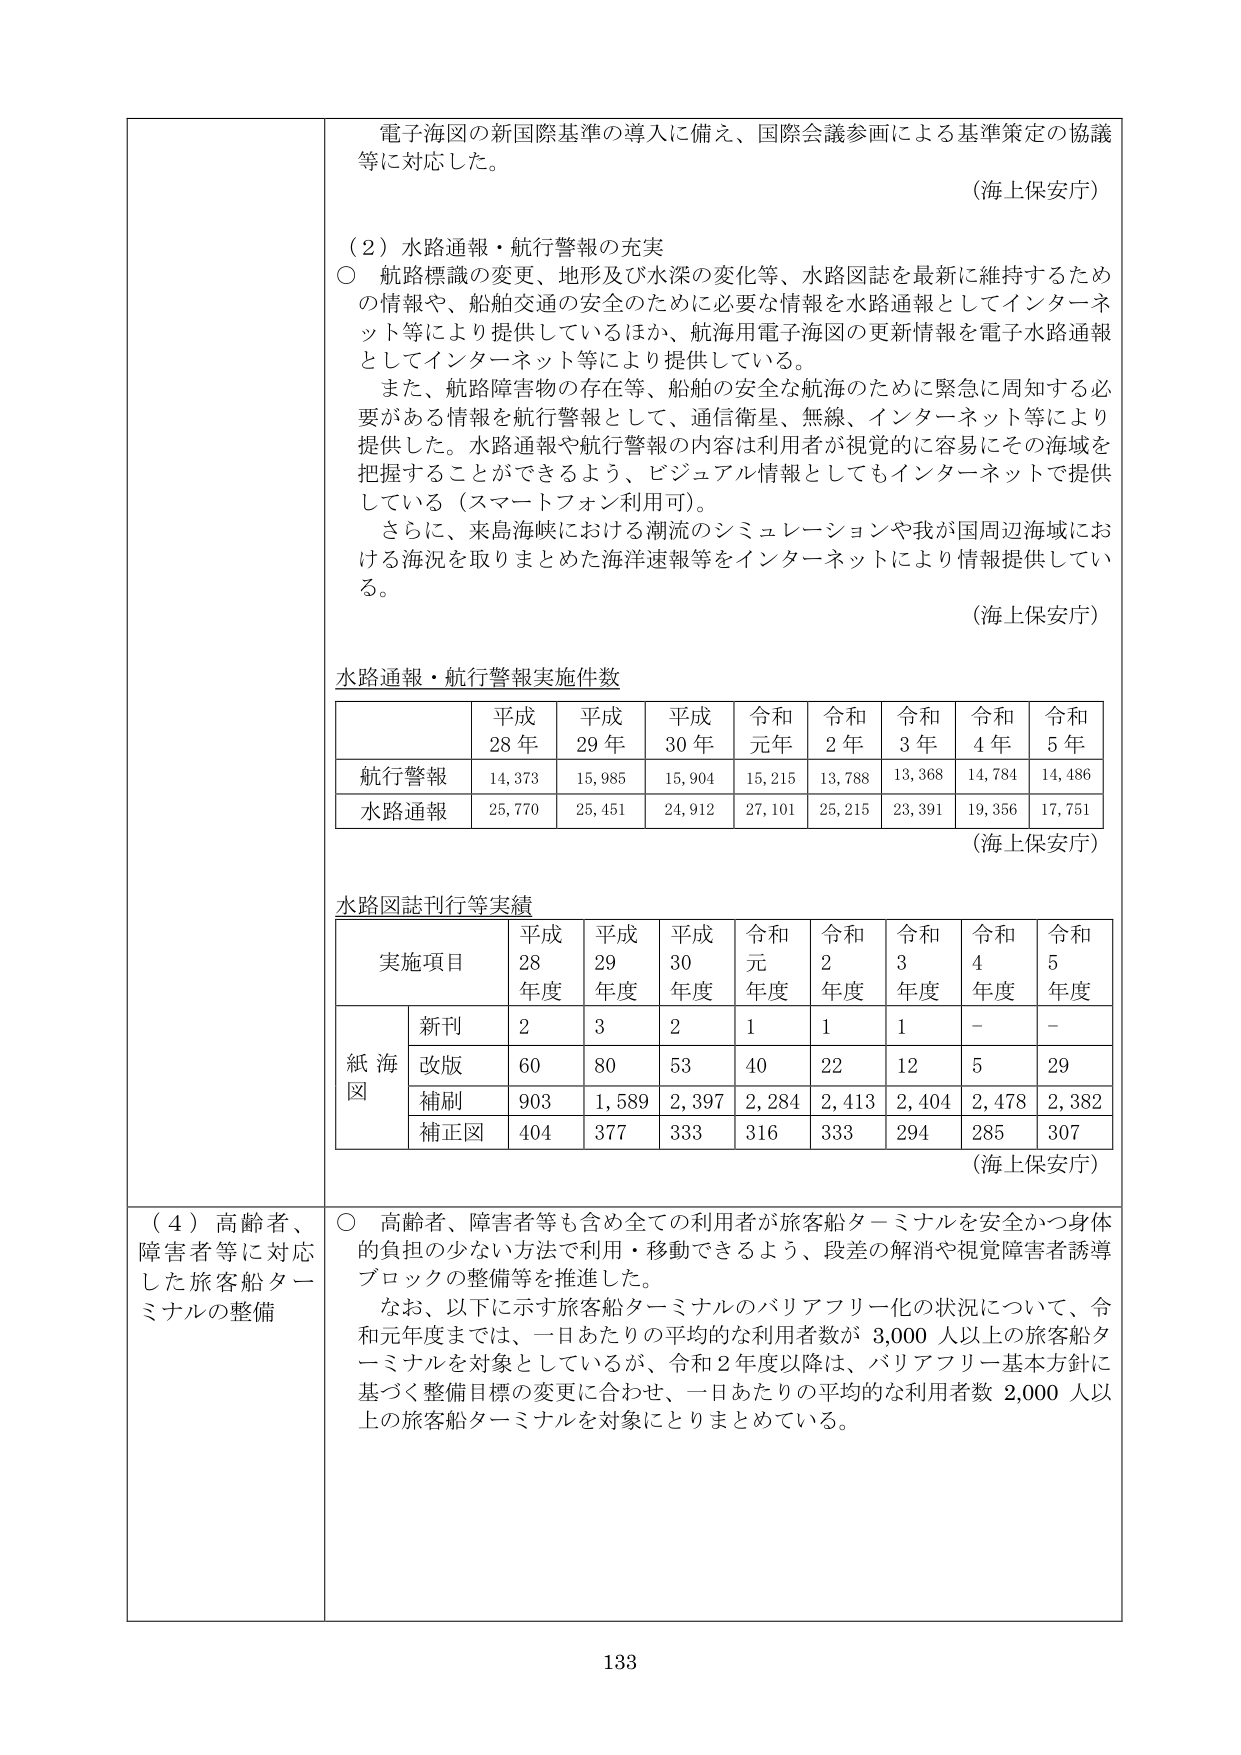
電子海図の新国際基準の導入に備え、国際会議参画による基準策定の協議等に対応した。

（海上保安庁）

（２）水路通報・航行警報の充実
○ 航路標識の変更、地形及び水深の変化等、水路図誌を最新に維持するための情報や、船舶交通の安全のために必要な情報を水路通報としてインターネット等により提供しているほか、航海用電子海図の更新情報を電子水路通報としてインターネット等により提供している。
　また、航路障害物の存在等、船舶の安全な航海のために緊急に周知する必要がある情報を航行警報として、通信衛星、無線、インターネット等により提供した。水路通報や航行警報の内容は利用者が視覚的に容易にその海域を把握することができるよう、ビジュアル情報としてもインターネットで提供している（スマートフォン利用可）。
　さらに、来島海峡における潮流のシミュレーションや我が国周辺海域における海況を取りまとめた海洋速報等をインターネットにより情報提供している。

（海上保安庁）

水路通報・航行警報実施件数

| | 平成28年 | 平成29年 | 平成30年 | 令和元年 | 令和2年 | 令和3年 | 令和4年 | 令和5年 |
|---|---|---|---|---|---|---|---|---|
| 航行警報 | 14,373 | 15,985 | 15,904 | 15,215 | 13,788 | 13,368 | 14,784 | 14,486 |
| 水路通報 | 25,770 | 25,451 | 24,912 | 27,101 | 25,215 | 23,391 | 19,356 | 17,751 |

（海上保安庁）

水路図誌刊行等実績

| 実施項目 | 平成28年度 | 平成29年度 | 平成30年度 | 令和元年度 | 令和2年度 | 令和3年度 | 令和4年度 | 令和5年度 |
|---|---|---|---|---|---|---|---|---|
| 紙海図 | 新刊 | 2 | 3 | 2 | 1 | 1 | 1 | - | - |
| | 改版 | 60 | 80 | 53 | 40 | 22 | 12 | 5 | 29 |
| | 補刷 | 903 | 1,589 | 2,397 | 2,284 | 2,413 | 2,404 | 2,478 | 2,382 |
| | 補正図 | 404 | 377 | 333 | 316 | 333 | 294 | 285 | 307 |

（海上保安庁）

（４）高齢者、障害者等に対応した旅客船ターミナルの整備
○ 高齢者、障害者等も含め全ての利用者が旅客船ターミナルを安全かつ身体的負担の少ない方法で利用・移動できるよう、段差の解消や視覚障害者誘導ブロックの整備等を推進した。
　なお、以下に示す旅客船ターミナルのバリアフリー化の状況について、令和元年度までは、一日あたりの平均的な利用者数が 3,000 人以上の旅客船ターミナルを対象としているが、令和2年度以降は、バリアフリー基本方針に基づく整備目標の変更に合わせ、一日あたりの平均的な利用者数 2,000 人以上の旅客船ターミナルを対象にとりまとめている。

133